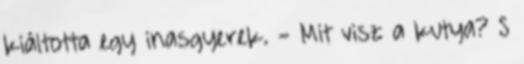
kiáltotta egy inasgyerek. - Mit visz a kutya? S